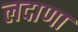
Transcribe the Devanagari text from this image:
लदाणा